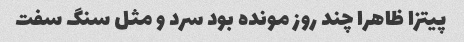
پیتزا ظاهرا چند روز مونده بود سرد و مثل سنگ‌ سفت